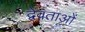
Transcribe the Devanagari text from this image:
द्वेवताओं